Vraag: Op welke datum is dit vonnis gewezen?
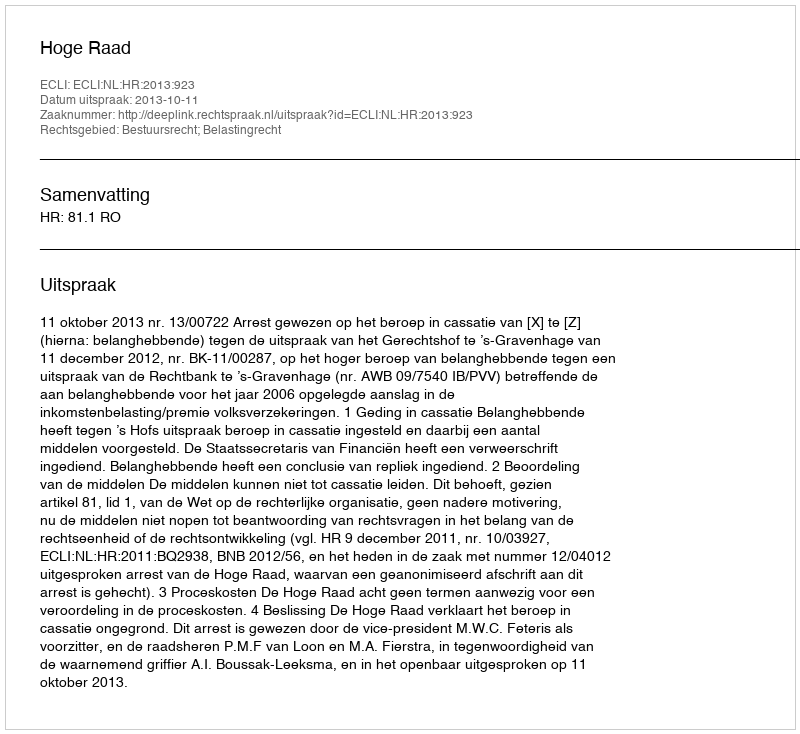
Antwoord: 2013-10-11